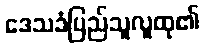
ဒေသခံပြည်သူလူထု၏